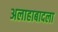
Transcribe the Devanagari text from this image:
अलाहाबादला